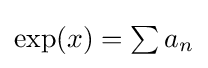
{\textstyle \exp(x)=\sum a_{n}}